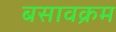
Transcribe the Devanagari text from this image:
बसावक्रम